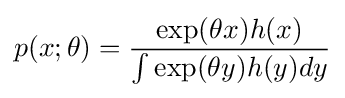
p(x;\theta )={\frac {\exp(\theta x)h(x)}{\int \exp(\theta y)h(y)dy}}